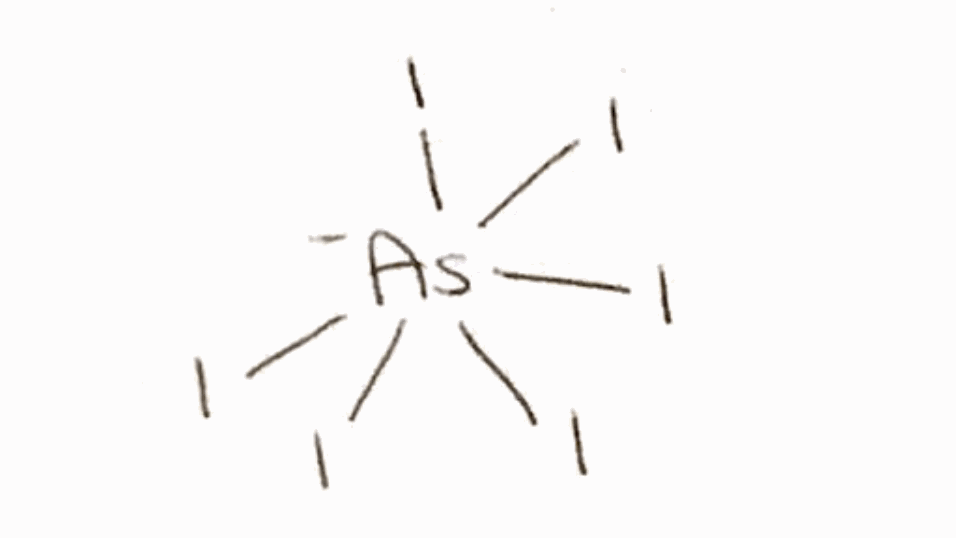
Simplified molecular-input line-entry system (SMILES) notation of the given molecule:
[As-](I)(I)(I)(I)(I)I